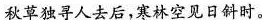
秋草独寻人去后，寒林空见日斜时。